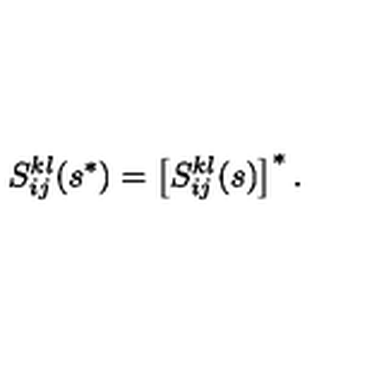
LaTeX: S _ { i j } ^ { k l } ( s ^ { * } ) = \left[ S _ { i j } ^ { k l } ( s ) \right] ^ { * } .